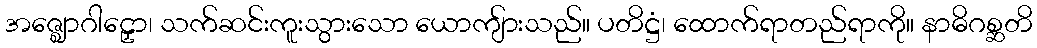
အဇ္ဈောဂါဠှော၊ သက်ဆင်းကူးသွားသော ယောကျ်ားသည်။ ပတိဋ္ဌံ၊ ထောက်ရာတည်ရာကို။ နာဓိဂစ္ဆတိ